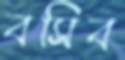
বসিব